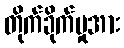
တိုက်ခိုက်မှုအား